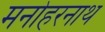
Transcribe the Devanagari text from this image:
मनोहरनाथ